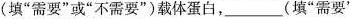
(填”需要”或”不需要”)载体蛋白，___(填”需要”